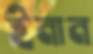
ইনান